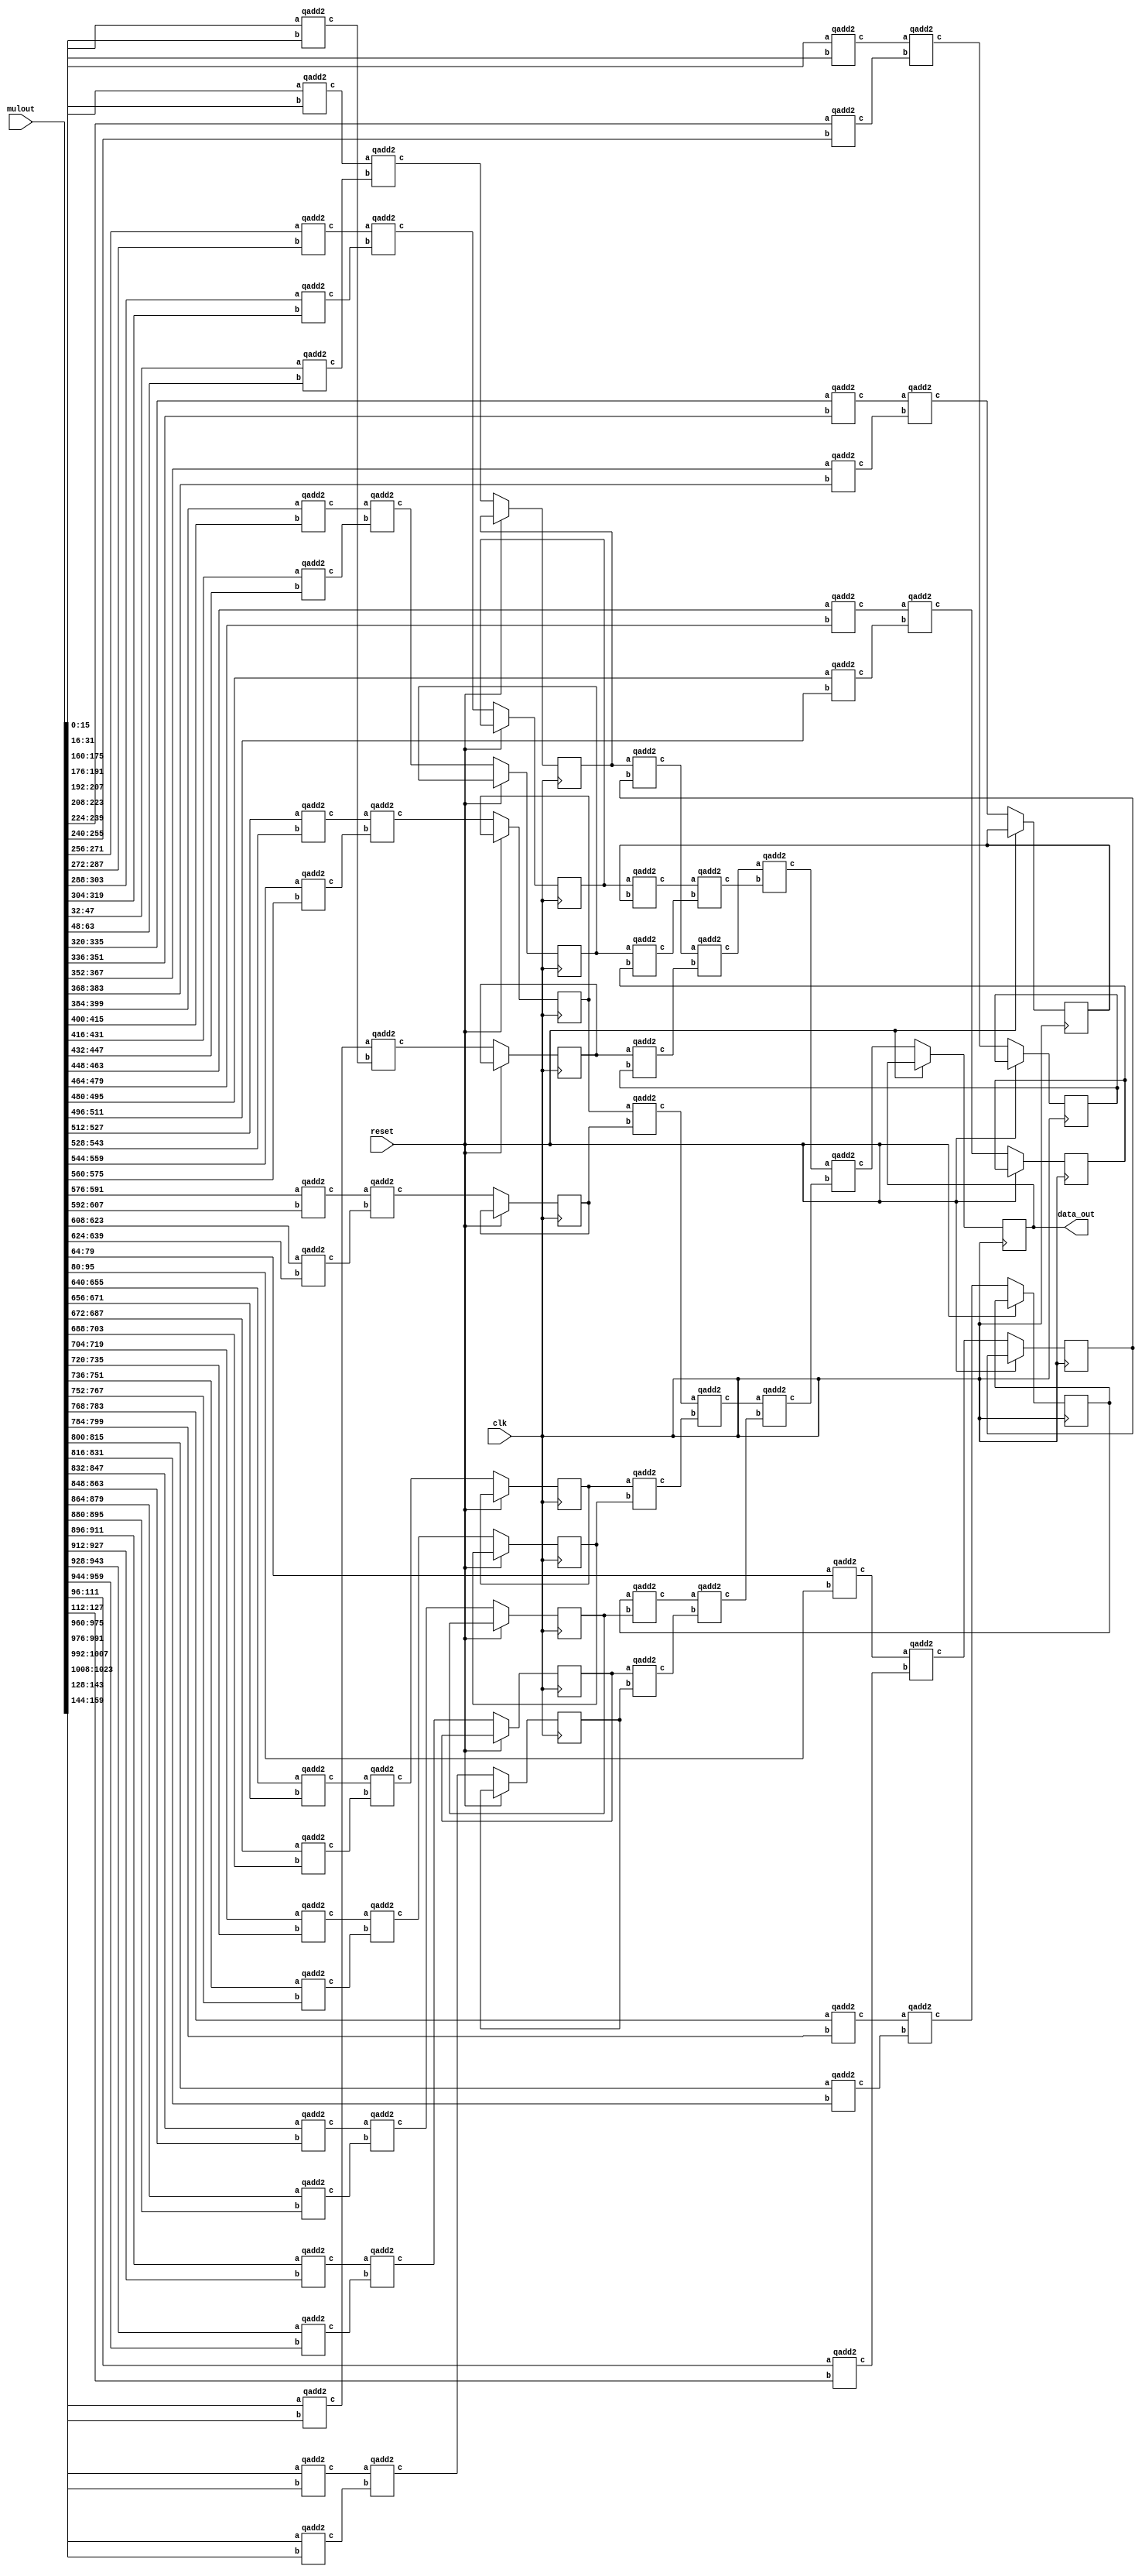
`define SIMULATION_MEMORY
//`define SIMULATION_addfp
`define VECTOR_DEPTH 64 //Q,K,V vector size
`define DATA_WIDTH 16
`define VECTOR_BITS 1024 // 16 bit each (16x64)
`define NUM_WORDS 32   //num of words in the sentence
`define BUF_AWIDTH 4 //16 entries in each buffer ram
`define BUF_LOC_SIZE 4 //4 words in each addr location
`define OUT_RAM_DEPTH 512 //512 entries in output bram
`define EXPONENT 8
`define MANTISSA 7
`define EXPONENT 5
`define MANTISSA 10
`define SIGN 1
`define DWIDTH (`SIGN+`EXPONENT+`MANTISSA)
`define DEFINES_DONE
`define DATAWIDTH (`SIGN+`EXPONENT+`MANTISSA)
`define IEEE_COMPLIANCE 1
`define NUM 4
`define ADDRSIZE 4

module vecmat_add #(parameter arraysize=1024,parameter vectdepth=64)
 (
 input clk,reset,
 input [arraysize-1:0] mulout,
 output reg [15:0] data_out
 );
           
 wire [15:0] tmp0, tmp1 ,tmp2 ,tmp3 ,tmp4 ,tmp5 ,tmp6 ,tmp7 ,tmp8 ,tmp9 ,tmp10 ,tmp11 ,tmp12 ,tmp13 ,tmp14 ,tmp15 ,tmp16 ,tmp17 ,tmp18 ,tmp19 ,tmp20 ,tmp21 ,tmp22 ,tmp23 ,tmp24 ,tmp25 ,tmp26 ,tmp27 ,tmp28 ,tmp29 ,tmp30 ,tmp31 ,tmp32 ,tmp33 ,tmp34 ,tmp35 ,tmp36 ,tmp37 ,tmp38 ,tmp39 ,tmp40 ,tmp41 ,tmp42 ,tmp43 ,tmp44 ,tmp45 ,tmp46 ,tmp47 ,tmp48 ,tmp49 ,tmp50,tmp51 ,tmp52 ,tmp53,tmp54 ,tmp55 ,tmp56 ,tmp57 ,tmp58, tmp59 ,tmp60 ,tmp61,tmp62; 
 reg[31:0] i;
 reg [15:0] ff1,ff3,ff5,ff7,ff9,ff11,ff13,ff15,ff17,ff19,ff21,ff23,ff25,ff27,ff29,ff31;

 always @(posedge clk) begin
	if(~reset) begin
		data_out <= tmp61;

		//adding a flop pipeline stage
		ff1 <= tmp1;
		ff3 <= tmp3;
		ff5 <= tmp5;
		ff7 <= tmp7;
		ff9 <= tmp9;
		ff11 <= tmp11;
		ff13 <= tmp13;
		ff15 <= tmp15;
		ff17 <= tmp17;
		ff19 <= tmp19;
		ff21 <= tmp21;
		ff23 <= tmp23;
		ff25 <= tmp25;
		ff27 <= tmp27;
		ff29 <= tmp29;
		ff31 <= tmp31;
	end   
 end     
                                                        
        // fixed point addition  
        qadd2 Add_u0(.a(mulout[16*0+:16]),.b(mulout[16*1+:16]),.c(tmp0));
		qadd2 Add_u2(.a(mulout[16*2+:16]),.b(mulout[16*3+:16]),.c(tmp2));
		qadd2 Add_u4(.a(mulout[16*4+:16]),.b(mulout[16*5+:16]),.c(tmp4));
		qadd2 Add_u6(.a(mulout[16*6+:16]),.b(mulout[16*7+:16]),.c(tmp6));
		qadd2 Add_u8(.a(mulout[16*8+:16]),.b(mulout[16*9+:16]),.c(tmp8));
		qadd2 Add_u10(.a(mulout[16*10+:16]),.b(mulout[16*11+:16]),.c(tmp10));
		qadd2 Add_u12(.a(mulout[16*12+:16]),.b(mulout[16*13+:16]),.c(tmp12));
		qadd2 Add_u14(.a(mulout[16*14+:16]),.b(mulout[16*15+:16]),.c(tmp14));
		qadd2 Add_u16(.a(mulout[16*16+:16]),.b(mulout[16*17+:16]),.c(tmp16));
		qadd2 Add_u18(.a(mulout[16*18+:16]),.b(mulout[16*19+:16]),.c(tmp18));
		qadd2 Add_u20(.a(mulout[16*20+:16]),.b(mulout[16*21+:16]),.c(tmp20));
		qadd2 Add_u22(.a(mulout[16*22+:16]),.b(mulout[16*23+:16]),.c(tmp22));
		qadd2 Add_u24(.a(mulout[16*24+:16]),.b(mulout[16*25+:16]),.c(tmp24));
		qadd2 Add_u26(.a(mulout[16*26+:16]),.b(mulout[16*27+:16]),.c(tmp26));
		qadd2 Add_u28(.a(mulout[16*28+:16]),.b(mulout[16*29+:16]),.c(tmp28));
		qadd2 Add_u30(.a(mulout[16*30+:16]),.b(mulout[16*31+:16]),.c(tmp30));
		qadd2 Add_u32(.a(mulout[16*32+:16]),.b(mulout[16*33+:16]),.c(tmp32));
		qadd2 Add_u34(.a(mulout[16*34+:16]),.b(mulout[16*35+:16]),.c(tmp34));
		qadd2 Add_u36(.a(mulout[16*36+:16]),.b(mulout[16*37+:16]),.c(tmp36));
		qadd2 Add_u38(.a(mulout[16*38+:16]),.b(mulout[16*39+:16]),.c(tmp38));
		qadd2 Add_u40(.a(mulout[16*40+:16]),.b(mulout[16*41+:16]),.c(tmp40));
		qadd2 Add_u42(.a(mulout[16*42+:16]),.b(mulout[16*43+:16]),.c(tmp42));
		qadd2 Add_u44(.a(mulout[16*44+:16]),.b(mulout[16*45+:16]),.c(tmp44));
		qadd2 Add_u46(.a(mulout[16*46+:16]),.b(mulout[16*47+:16]),.c(tmp46));
		qadd2 Add_u48(.a(mulout[16*48+:16]),.b(mulout[16*49+:16]),.c(tmp48));
		qadd2 Add_u50(.a(mulout[16*50+:16]),.b(mulout[16*51+:16]),.c(tmp50));
		qadd2 Add_u52(.a(mulout[16*52+:16]),.b(mulout[16*53+:16]),.c(tmp52));
		qadd2 Add_u54(.a(mulout[16*54+:16]),.b(mulout[16*55+:16]),.c(tmp54));
		qadd2 Add_u56(.a(mulout[16*56+:16]),.b(mulout[16*57+:16]),.c(tmp56));
		qadd2 Add_u58(.a(mulout[16*58+:16]),.b(mulout[16*59+:16]),.c(tmp58));
		qadd2 Add_u60(.a(mulout[16*60+:16]),.b(mulout[16*61+:16]),.c(tmp60));
		qadd2 Add_u62(.a(mulout[16*62+:16]),.b(mulout[16*63+:16]),.c(tmp62));
            
			qadd2 Add_u1(.a(tmp0),.b(tmp2),.c(tmp1));
			qadd2 Add_u3(.a(tmp4),.b(tmp6),.c(tmp3));
			qadd2 Add_u5(.a(tmp8),.b(tmp10),.c(tmp5));
			qadd2 Add_u7(.a(tmp12),.b(tmp14),.c(tmp7));
			qadd2 Add_u9(.a(tmp16),.b(tmp18),.c(tmp9));
			qadd2 Add_u11(.a(tmp20),.b(tmp22),.c(tmp11));
			qadd2 Add_u13(.a(tmp24),.b(tmp26),.c(tmp13));
			qadd2 Add_u15(.a(tmp28),.b(tmp30),.c(tmp15));
			qadd2 Add_u17(.a(tmp32),.b(tmp34),.c(tmp17));
			qadd2 Add_u19(.a(tmp36),.b(tmp38),.c(tmp19));
			qadd2 Add_u21(.a(tmp40),.b(tmp42),.c(tmp21));
			qadd2 Add_u23(.a(tmp44),.b(tmp46),.c(tmp23));
			qadd2 Add_u25(.a(tmp48),.b(tmp50),.c(tmp25));
			qadd2 Add_u27(.a(tmp52),.b(tmp54),.c(tmp27));
			qadd2 Add_u29(.a(tmp56),.b(tmp58),.c(tmp29));
			qadd2 Add_u31(.a(tmp60),.b(tmp62),.c(tmp31));

			qadd2 Add_u33(.a(ff1),.b(ff3),.c(tmp33));
			qadd2 Add_u35(.a(ff5),.b(ff7),.c(tmp35));
			qadd2 Add_u37(.a(ff9),.b(ff11),.c(tmp37));
			qadd2 Add_u39(.a(ff13),.b(ff15),.c(tmp39));
			qadd2 Add_u41(.a(ff17),.b(ff19),.c(tmp41));
			qadd2 Add_u43(.a(ff21),.b(ff23),.c(tmp43));
			qadd2 Add_u45(.a(ff25),.b(ff27),.c(tmp45));
			qadd2 Add_u47(.a(ff29),.b(ff31),.c(tmp47));

			qadd2 Add_u49(.a(tmp33),.b(tmp35),.c(tmp49));
			qadd2 Add_u51(.a(tmp37),.b(tmp39),.c(tmp51));
			qadd2 Add_u53(.a(tmp41),.b(tmp43),.c(tmp53));
			qadd2 Add_u55(.a(tmp45),.b(tmp47),.c(tmp55));

			qadd2 Add_u57(.a(tmp49),.b(tmp51),.c(tmp57));
			qadd2 Add_u59(.a(tmp53),.b(tmp55),.c(tmp59));

			qadd2 Add_u61(.a(tmp57),.b(tmp59),.c(tmp61));
			
endmodule

module qadd2(
 input [15:0] a,
 input [15:0] b,
 output [15:0] c
    );
    
assign c = a + b;


endmodule